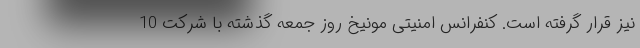
نیز قرار گرفته است. کنفرانس امنیتی مونیخ روز جمعه گذشته با شرکت 10